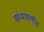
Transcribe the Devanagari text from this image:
संध्यासंगीत